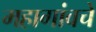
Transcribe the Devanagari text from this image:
महागांवचे